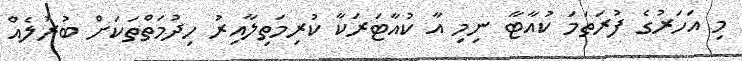
މި އަހަރުގެ ފުރަތަމަ ކުއާޓާ ނިމި އާ ކުއާޓަރަކާ ކުރިމަތިލާއިރު ހިދުމަތްތަކަށް ބުރުލެއް